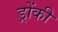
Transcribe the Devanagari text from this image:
ड्रोंकी